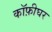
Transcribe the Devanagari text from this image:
कॉफ़ीघर